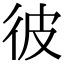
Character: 彼